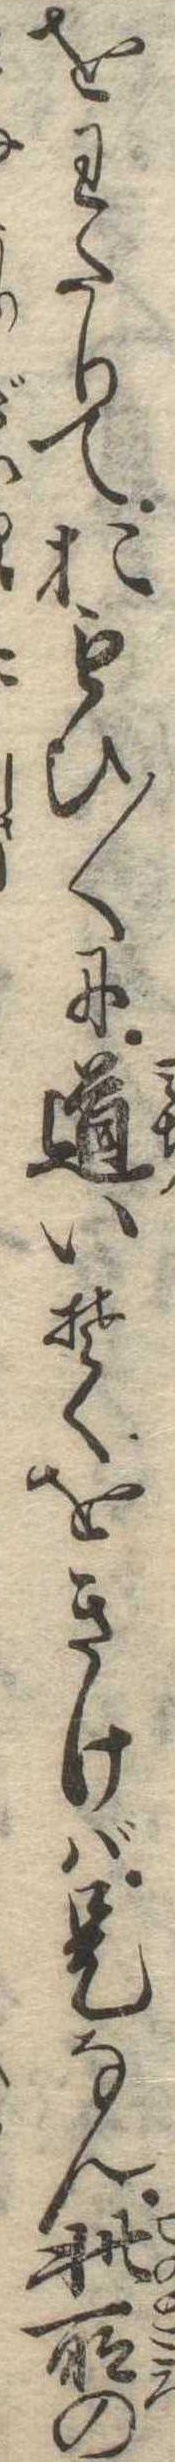
をわたりておもひ〱に道いそくをきけば是なん此所の